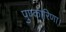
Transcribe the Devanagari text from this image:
पुण्कारिणा।